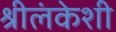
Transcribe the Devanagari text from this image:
श्रीलंकेशी